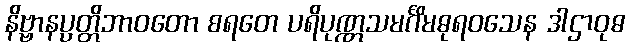
နိဗ္ဗာနပ္ပတ္တိဘာဝတော စရတေ ပရိပုဏ္ဏသမင်္ဂိမဓုရဝသေန ဒါဌာဝုဓ